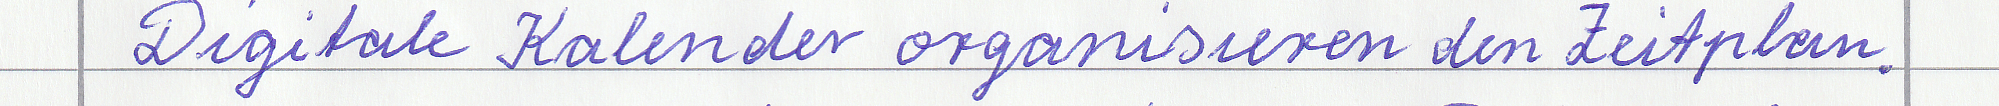
Digitale Kalender organisieren den Zeitplan.